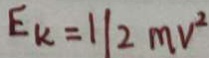
E _ { k } = 1 1 2 m v ^ { 2 }